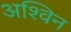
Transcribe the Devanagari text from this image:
अश्‍िवन